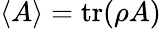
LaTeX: \langle A\rangle=\operatorname{tr}(\rho A)